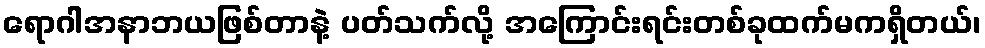
ရောဂါအနာဘယဖြစ်တာနဲ့ ပတ်သက်လို့ အကြောင်းရင်းတစ်ခုထက်မကရှိတယ်၊